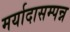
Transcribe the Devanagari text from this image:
मर्यादासम्पन्न